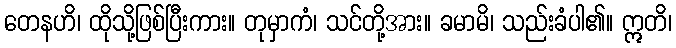
တေနဟိ၊ ထိုသို့ဖြစ်ပြီးကား။ တုမှာကံ၊ သင်တို့အား။ ခမာမိ၊ သည်းခံပါ၏။ ဣတိ၊